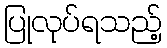
ပြုလုပ်ရသည့်